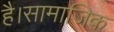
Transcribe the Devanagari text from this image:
है।सामाजिक